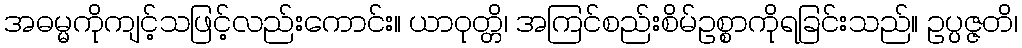
အဓမ္မကိုကျင့်သဖြင့်လည်းကောင်း။ ယာဝုတ္တိ၊ အကြင်စည်းစိမ်ဥစ္စာကိုရခြင်းသည်။ ဥပ္ပဇ္ဇတိ၊